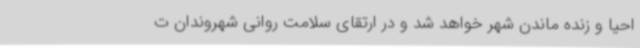
احیا و زنده ماندن شهر خواهد شد و در ارتقای سلامت روانی شهروندان ت